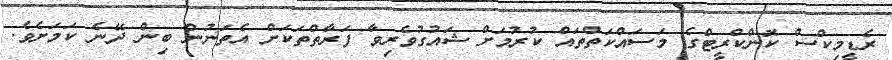
ރެޑީމިކްސް ކޮންކްރީޓްގެ މަސައްކަތްތައް ކުރުމަށް ޝައުގުވެރިވާ ފަރާތްތަކަށް އެތަނުން ބިން ދޭނެ ކަމަށެވެ.